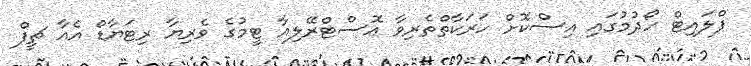
ފްލައިޓް ހޯދުމުގައި އިސްކޮށް ހަރަކާތްތެރިވާ އޮސްޓްރޭލިއާ ޓީމުގެ ވެރިޔާ ރިޓަޔާޑް އެއާ ޗީފް